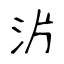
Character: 沜